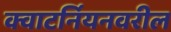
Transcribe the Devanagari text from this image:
क्वाटर्नियनवरील